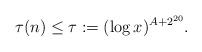
LaTeX: \begin{align*}\tau(n)\leq \tau := (\log x)^{A+2^{20}}.\end{align*}